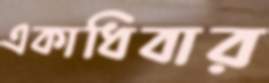
একাধিবার